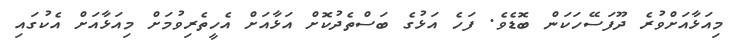
މިއަޅާއަށްވުރެ ދޫފަސޭހަކަން ބޮޑެވެ. ފަހެ އަޅުގެ ބަސްތެދުކޮށް އަޅާއަށް އެހީތެރިވުމަށް މިއަޅާއަށް އެކުގައި